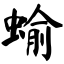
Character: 蝓